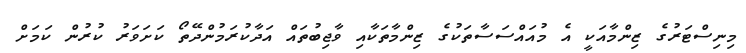
މިނިސްޓަރުގެ ޒިންމާއަކީ އެ މުއައްސަސާތަކުގެ ޒިންމާތަކާއި ވާޖިބުތައް އަދާކުރަމުންދޭތޯ ކަށަވަރު ކުރުން ކަމަށް